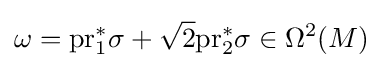
\omega =\mathrm {pr} _{1}^{*}\sigma +{\sqrt {2}}\mathrm {pr} _{2}^{*}\sigma \in \Omega ^{2}(M)